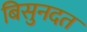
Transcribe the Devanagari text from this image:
बिसुनदत